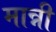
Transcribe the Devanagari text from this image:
मान्नी